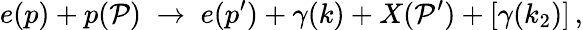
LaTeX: e(p)+p(\mathcal{P})\; \to\; e(p^{\prime})+\gamma(k)+X(\mathcal{P}^{\prime})+\left[\gamma(k_{2})\right]\, ,